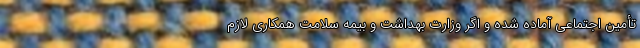
تأمین اجتماعی آماده شده و اگر وزارت بهداشت و بیمه سلامت همکاری لازم